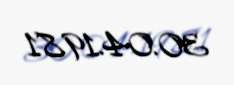
30.04.1981